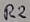
Text: R2